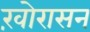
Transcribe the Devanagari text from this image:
ख़ोरासन